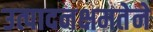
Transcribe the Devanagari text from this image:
उत्पादनक्षमतेने